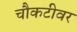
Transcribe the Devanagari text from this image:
चौकटीवर